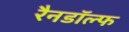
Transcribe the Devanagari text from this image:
रैनडॉल्फ